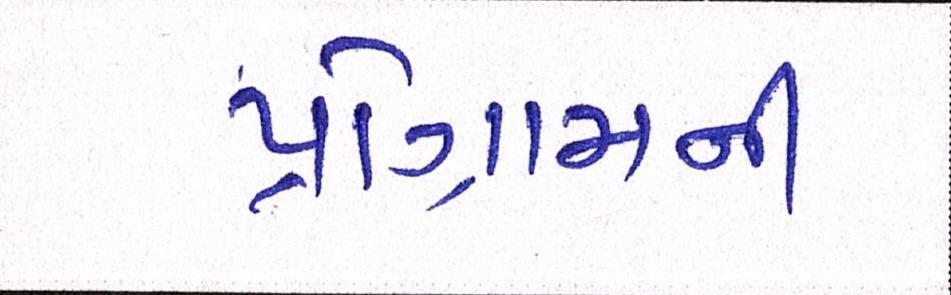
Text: પ્રોગ્રામની